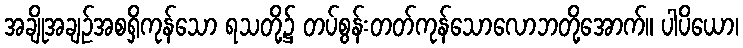
အချိုအချဉ်အစရှိကုန်သော ရသတို့၌ တပ်စွန်းတတ်ကုန်သောလောဘတို့အောက်။ ပါပိယော၊